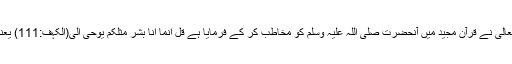
اسی لیے اللہ تعالیٰ نے قرآن مجید میں آنحضرت صلی اللہ علیہ وسلم کو مخاطب کر کے فرمایا ہے قُلْ اِنّمَا اَنَا بَشَرٌ مِّثْلُکُمْ یُوْحٰی اِلَیَّ(الکہف:111) یعنی اے رسول !